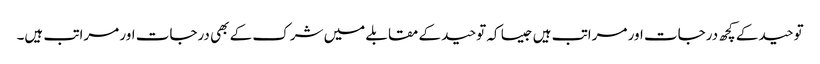
توحید کے کچھ درجات اور مراتب ہیں جیسا کہ توحید کے مقابلے میں شرک کے بھی درجات اور مراتب ہیں۔